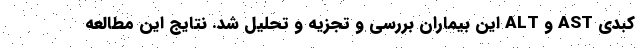
کبدی AST و ALT این بیماران بررسی و تجزیه و تحلیل شد. نتایج این مطالعه